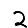
Digit: 2